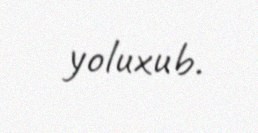
yoluxub.